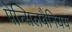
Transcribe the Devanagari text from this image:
पेन्सिलवैनियय